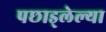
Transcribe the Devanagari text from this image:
पछाड्लेल्या